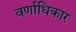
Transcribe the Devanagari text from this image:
वर्णाधिकार